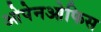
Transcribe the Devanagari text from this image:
ओपेनओफिस